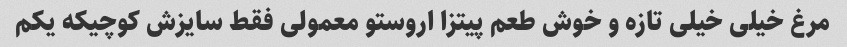
مرغ خیلی خیلی تازه و خوش طعم پیتزا اروستو معمولی فقط سایزش کوچیکه یکم